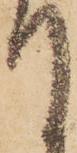
て